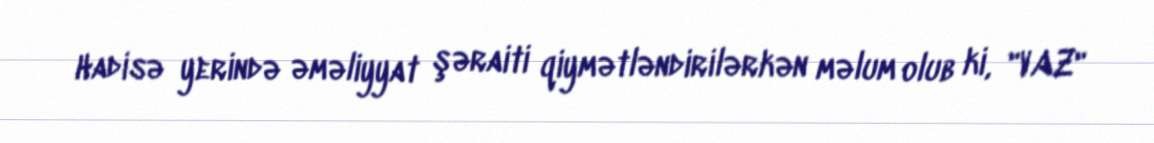
Hadisə yerində əməliyyat şəraiti qiymətləndirilərkən məlum olub ki, "VAZ"